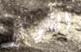
الشوكي